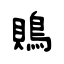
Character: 鵙